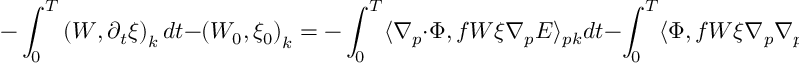
- \int _ { 0 } ^ { T } \left( W , \partial _ { t } \xi \right) _ { k } d t - \left( W _ { 0 } , \xi _ { 0 } \right) _ { k } = - \int _ { 0 } ^ { T } \langle \nabla _ { p } \cdot \Phi , f W \xi \nabla _ { p } E \rangle _ { p k } d t - \int _ { 0 } ^ { T } \langle \Phi , f W \xi \nabla _ { p } \nabla _ { p } E \rangle _ { p k } d t .